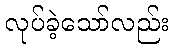
လုပ်ခဲ့သော်လည်း